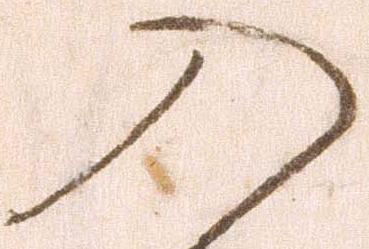
入